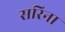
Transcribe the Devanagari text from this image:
सरिना